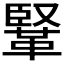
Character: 𩋆